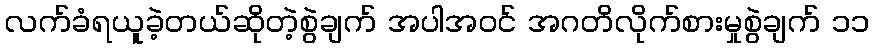
လက်ခံရယူခဲ့တယ်ဆိုတဲ့စွဲချက် အပါအဝင် အဂတိလိုက်စားမှုစွဲချက် ၁၁